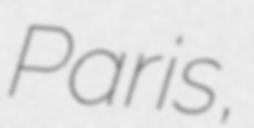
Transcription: Paris,